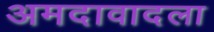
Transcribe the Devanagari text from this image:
अमदावादला